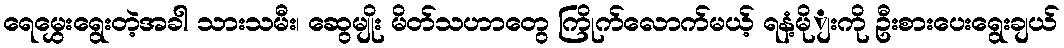
ရေမွှေးရွေးတဲ့အခါ သားသမီး၊ ဆွေမျိုး မိတ်သဟာတွေ ကြိုက်လောက်မယ့် ရနံ့မိုျးကို ဦးစားပေးရွေးချယ်